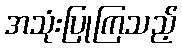
အသုံးပြုကြသည့်